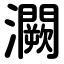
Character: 灍